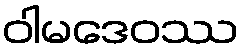
ဝါမဒေဝဿ